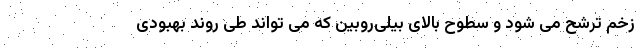
زخم ترشح می شود و سطوح بالای بیلی‌روبین که می تواند طی روند بهبودی